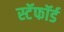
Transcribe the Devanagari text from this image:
स्टॅफॉर्ड